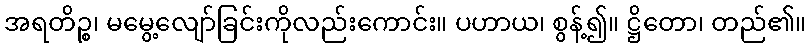
အရတိဉ္စ၊ မမွေ့လျော်ခြင်းကိုလည်းကောင်း။ ပဟာယ၊ စွန့်၍။ ဋ္ဌိတော၊ တည်၏။